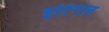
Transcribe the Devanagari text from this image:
इरिंगल